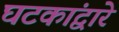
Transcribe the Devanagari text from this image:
घटकांद्वारे